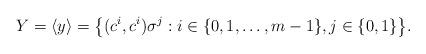
LaTeX: \begin{align*}Y = \langle y \rangle = \big\{ (c^i,c^i)\sigma^j : i \in \{0,1,\ldots,m-1\}, j \in \{0,1\} \big\}.\end{align*}